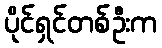
ပိုင်ရှင်တစ်ဦးက